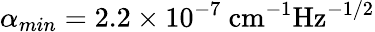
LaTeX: \alpha_{min}=2.2\times 10^{-7}~\textrm{cm}^{-1}\textrm{Hz}^{-1/2}